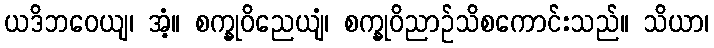
ယဒိဘဝေယျ၊ အံ့။ စက္ခုဝိညေယျံ၊ စက္ခုဝိညာဉ်သိစကောင်းသည်။ သိယာ၊